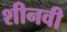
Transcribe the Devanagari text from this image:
शीनवी